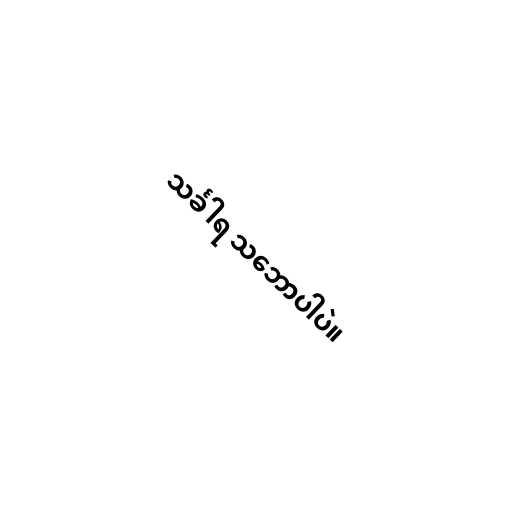
သင်္ခါရ သ‌ဘောပါပဲ။